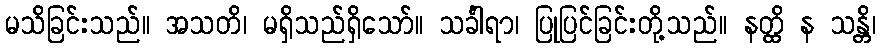
မသိခြင်းသည်။ အသတိ၊ မရှိသည်ရှိသော်။ သင်္ခါရာ၊ ပြုပြင်ခြင်းတို့သည်။ နတ္ထိ န သန္တိ၊